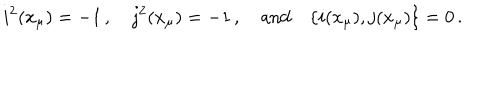
i ^ { 2 } ( x _ { \mu } ) = - 1 \, , \quad j ^ { 2 } ( x _ { \mu } ) = - 1 \, , \quad \mathrm { a n d } \quad \{ i ( x _ { \mu } ) , j ( x _ { \mu } ) \} = 0 \, .